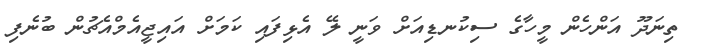
ތިނަދޫ އަންހެން މީހާގެ ސިކުނޑިއަށް ވަނީ ލޭ އެޅިފައި ކަމަށް އައިޖީއެމްއެޗުން ބުނެފި